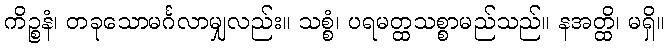
ကိဉ္စနံ၊ တခုသောမင်္ဂလာမျှလည်း။ သစ္စံ၊ ပရမတ္ထသစ္စာမည်သည်။ နအတ္ထိ၊ မရှိ။